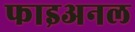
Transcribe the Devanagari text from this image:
फाइअनल